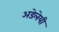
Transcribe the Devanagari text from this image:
अडेलेयी